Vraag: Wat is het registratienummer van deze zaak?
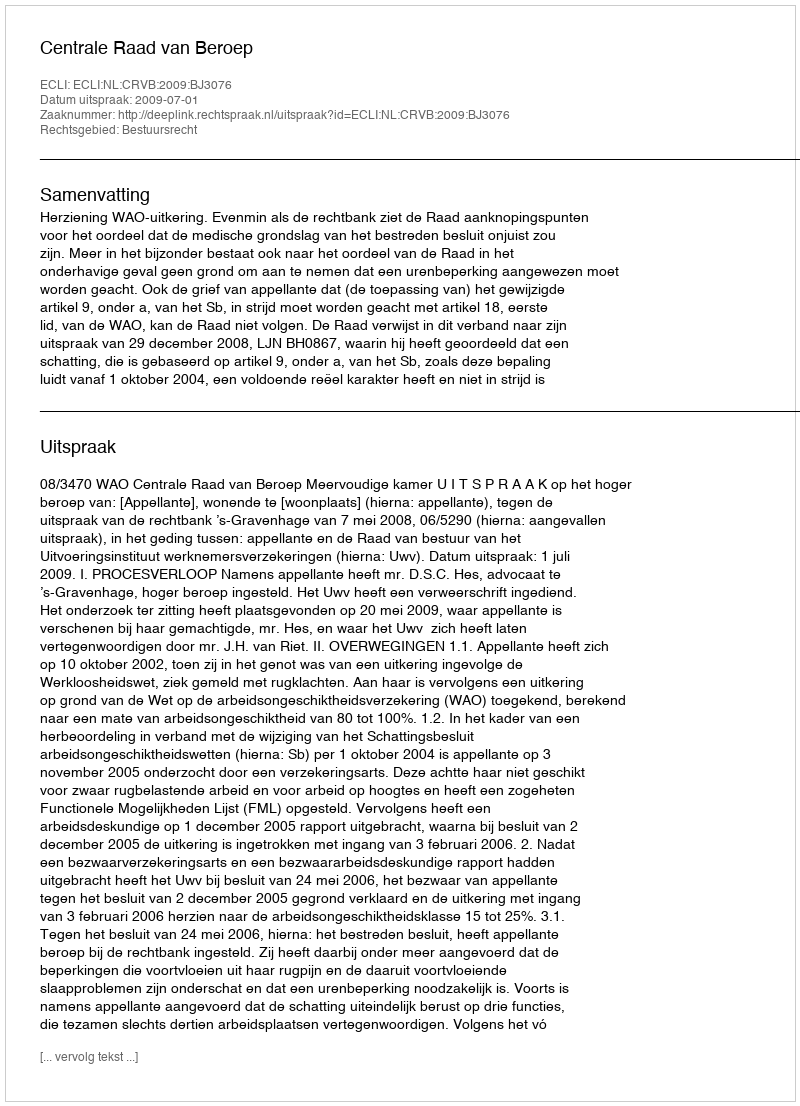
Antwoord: http://deeplink.rechtspraak.nl/uitspraak?id=ECLI:NL:CRVB:2009:BJ3076